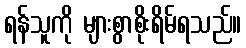
ရန်သူကို များစွာစိုးရိမ်ရသည်။